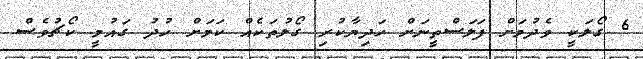
6 ގޯލަކީ ވެދުމަށް ފަލަސްތީނަށް ހަދިޔާކުރި ގޯލުތަކެއް ކަމަށް ހުދު ގައުމީ ކޯޗުވެސް